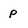
Character: P